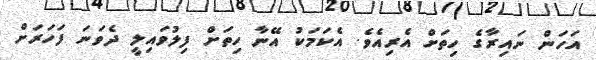
އަހަން ނައިރާގެ ހިތަށް އެރިއެވެ. އެކަމަކު އޭނާ ހިތަށް ފިލުވައިލީ ދެވަނަ ފަހަރަށް